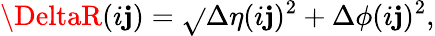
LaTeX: \DeltaR({i\mathbf{j}})=\sqrt{}{{\Delta\eta({i\mathbf{j}})^{2}+\Delta\phi({i\mathbf{j}})^{2}}},